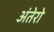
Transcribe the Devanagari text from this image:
अंतेरो